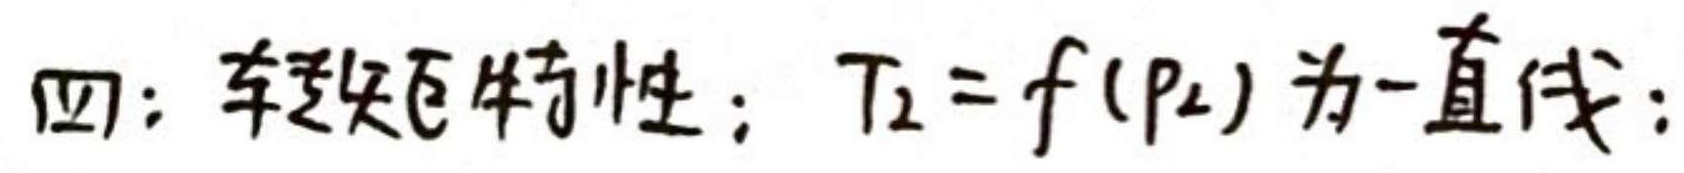
四：转矩特性：$T_2 = f(p_2)$为一直线：